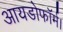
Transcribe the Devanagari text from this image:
आयडोफॉर्म।